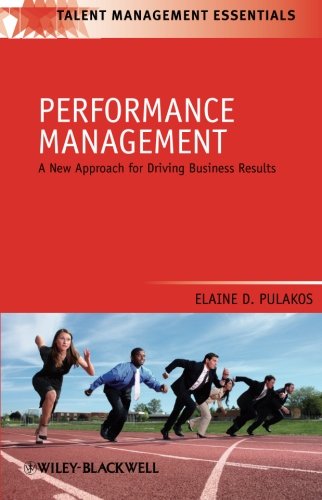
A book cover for Performance Management: A New Approach for Driving Business Results; Elaine D. Pulakos; Medical Books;